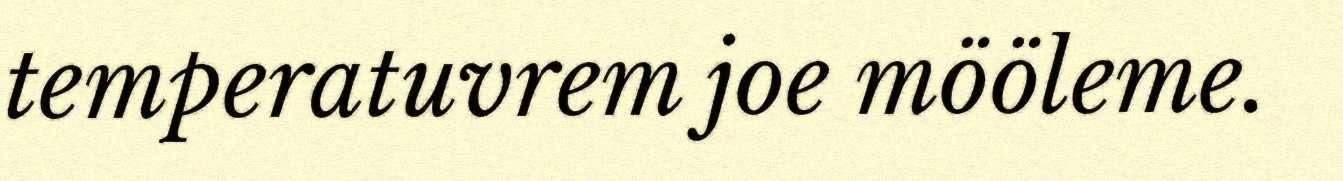
temperatuvrem joe mööleme.